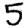
Digit: 5